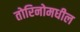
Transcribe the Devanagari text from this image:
तोरिनोमधील